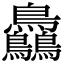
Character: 𪈼